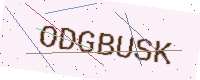
Text: ODGBUSK